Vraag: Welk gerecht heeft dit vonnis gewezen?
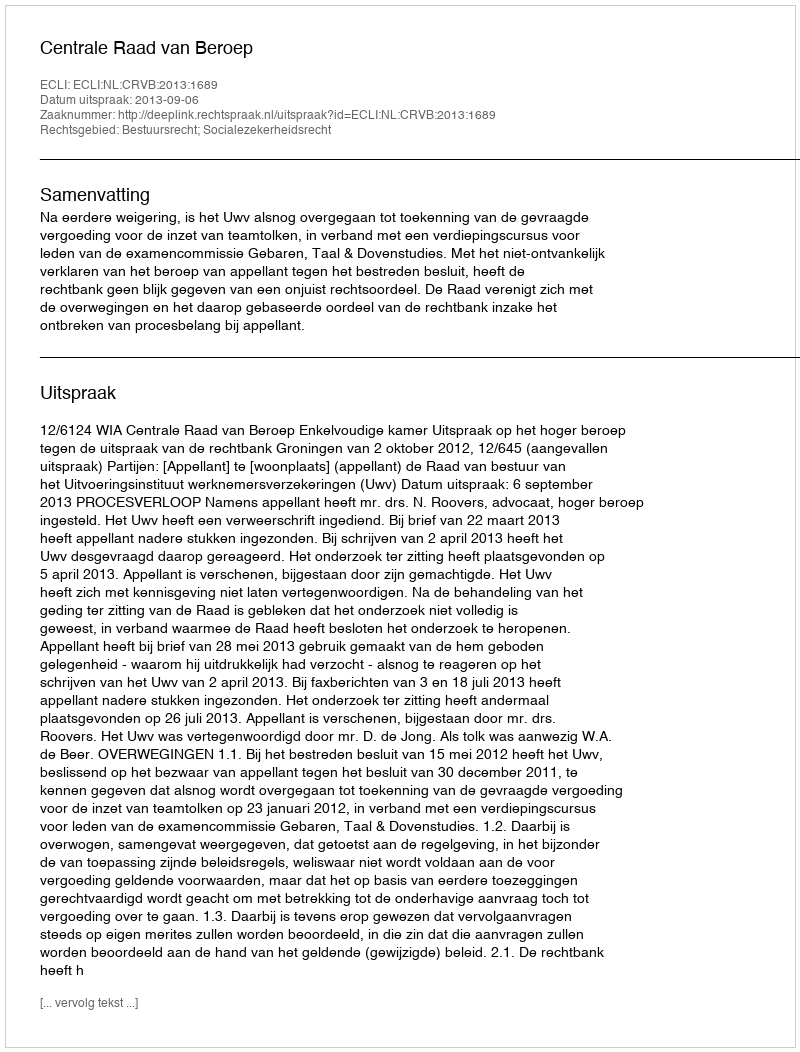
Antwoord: Centrale Raad van Beroep